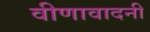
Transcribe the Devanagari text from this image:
वीणावादनी